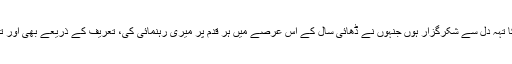
میں ان تمام دوستوں کا تہہ دل سے شکرگزار ہوں جنہوں نے ڈھائی سال کے اس عرصے میں ہر قدم پر میری رہنمائی کی، تعریف کے ذریعے بھی اور تنقید کے ذریعے بھی۔